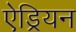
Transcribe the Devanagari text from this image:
ऐड्रियन